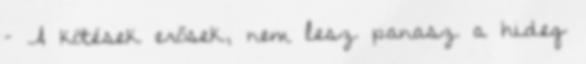
– A kötések erősek, nem lesz panasz a hideg